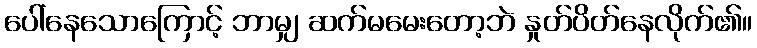
ပေါ်နေသောကြောင့် ဘာမျှ ဆက်မမေးတော့ဘဲ နှုတ်ပိတ်နေလိုက်၏။